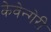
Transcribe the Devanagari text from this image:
केवेन्गेरी